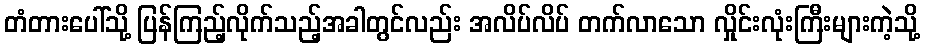
တံတားပေါ်သို့ ပြန်ကြည့်လိုက်သည့်အခါတွင်လည်း အလိပ်လိပ် တက်လာသော လှိုင်းလုံးကြီးများကဲ့သို့